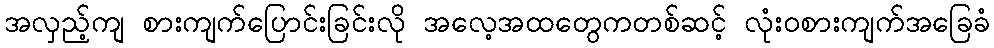
အလှည့်ကျ စားကျက်ပြောင်းခြင်းလို အလေ့အထတွေကတစ်ဆင့် လုံးဝစားကျက်အခြေခံ